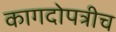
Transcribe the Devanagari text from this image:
कागदोपत्रीच